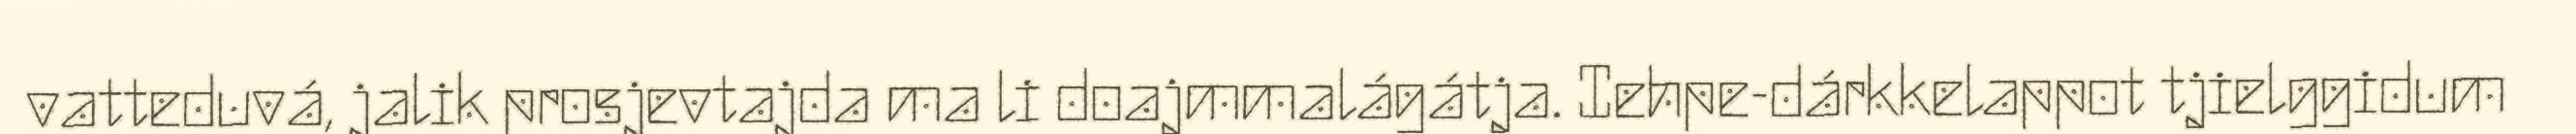
vatteduvá, jalik prosjevtajda ma li doajmmalágátja. Iehpe-dárkkelappot tjielggidum